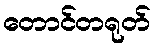
တောင်တရုတ်